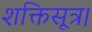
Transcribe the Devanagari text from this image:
शक्तिसूत्र।